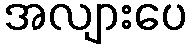
အလျားပေ